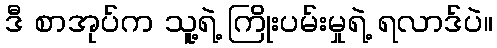
ဒီ စာအုပ်က သူ့ရဲ့ ကြိုးပမ်းမှုရဲ့ ရလာဒ်ပဲ။